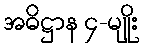
အဓိဋ္ဌာန ၄-မျိုး